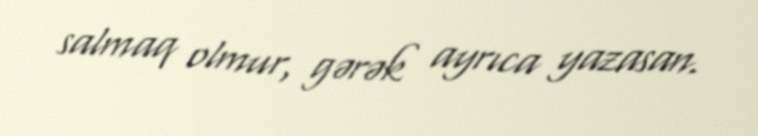
salmaq olmur, gərək ayrıca yazasan.